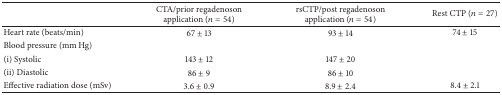
<table><thead><tr><td><b> </b></td><td><b>CTA/prior regadenoson application (<i>n</i> = 54)</b></td><td><b>rsCTP/post regadenoson application (<i>n</i> = 54)</b></td><td><b>Rest CTP (<i>n</i> = 27)</b></td></tr></thead><tbody><tr><td>Heart rate (beats/min)</td><td>67 ± 13</td><td>93 ± 14</td><td>74 ± 15</td></tr><tr><td>Blood pressure (mm Hg)</td><td> </td><td> </td><td> </td></tr><tr><td>(i) Systolic</td><td>143 ± 12</td><td>147 ± 20</td><td> </td></tr><tr><td>(ii) Diastolic</td><td>86 ± 9</td><td>86 ± 10</td><td> </td></tr><tr><td>Effective radiation dose (mSv)</td><td>3.6 ± 0.9</td><td>8.9 ± 2.4</td><td>8.4 ± 2.1</td></tr></tbody></table>